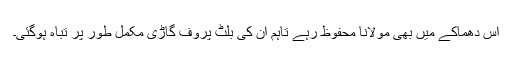
اس دھماکے میں بھی مولانا محفوظ رہے تاہم ان کی بلٹ پروف گاڑی مکمل طور پر تباہ ہوگئی۔